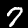
Label: 7